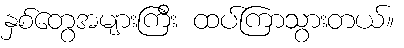
နှစ်တွေအများကြီး ထပ်ကြာသွားတယ်။